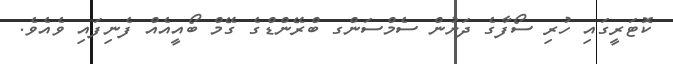
ކޮޓަރީގައި ހުރި ސޯފާގެ ދަށުން ސެމްސަންގ ބްރޭންޑްގެ ގޭމް ބޯއީއެއް ފެނިފައި ވެއެވެ.